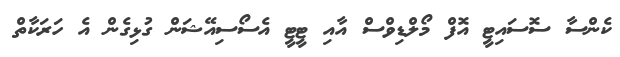
ކެންސާ ސޮސައިޓީ އޮފް މޯލްޑިވްސް އާއި ޓީޓީ އެސޯސިއޭޝަން ގުޅިގެން އެ ހަރަކާތް